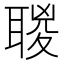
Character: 𦖸